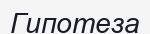
Гипотеза